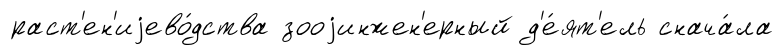
раст'ен'иjево́дства зооjинжен'ерный д'е́ят'ель снача́ла